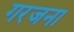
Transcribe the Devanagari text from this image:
गरजना